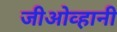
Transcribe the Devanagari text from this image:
जीओव्हानी